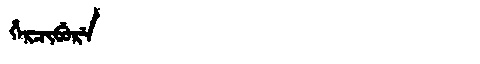
Manchu: ᡥᡝᡵᠴᡳᠪᡠᡵᡝ
Romanization: HERCIBURE